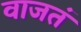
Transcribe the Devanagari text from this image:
वाजतं